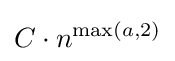
C\cdot n^{\max(a,2)}